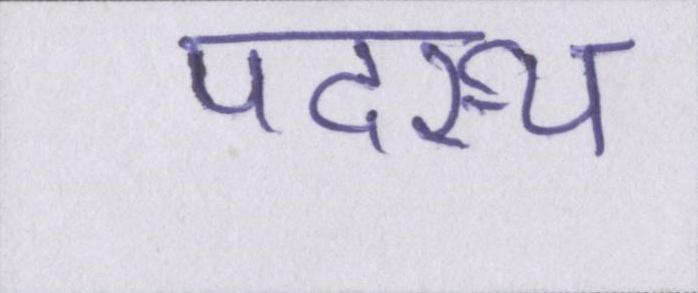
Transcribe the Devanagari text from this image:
पदस्थ